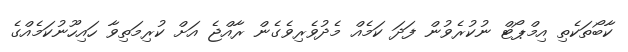
ކާބޯތަކެތި އިމްޕޯޓް ނުކުރެވުން ފަދަ ކަމެއް މެދުވެރިވެގެން ރާއްޖެ އަށް ކުރިމަތިވާ ހައިހޫނުކަމެއްގެ